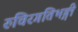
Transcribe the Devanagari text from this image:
रुचिरगतिभङ्गी